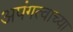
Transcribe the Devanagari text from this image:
अपंगत्वाच्या